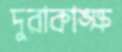
দুরাকাঙ্ক্ষ